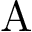
\mathrm { A }